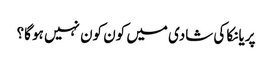
پریانکا کی شادی میں کون کون نہیں ہو گا؟